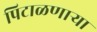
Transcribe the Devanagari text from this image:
पिटाळणाऱ्या